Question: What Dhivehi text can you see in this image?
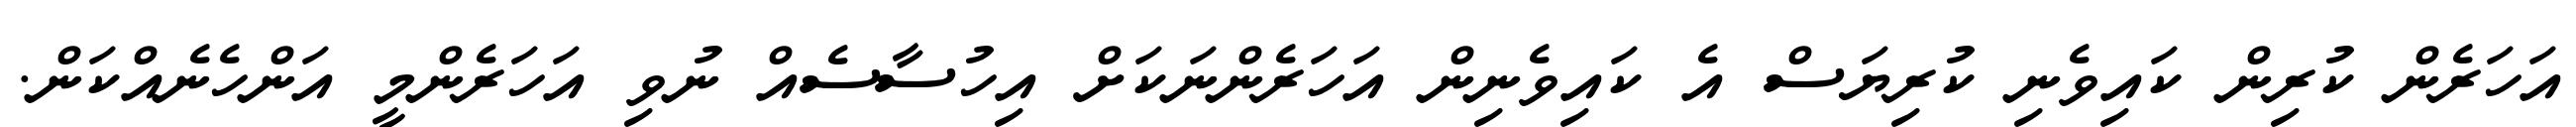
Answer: އަހަރެން ކުރިން ކައިވެނި ކުރިޔަސް އެ ކައިވެނިން އަހަރެންނަކަށް އިހުސާސެއް ނުވި އަހަރެންމީ އަންހެނެއްކަން.